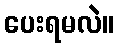
ပေးရမလဲ။